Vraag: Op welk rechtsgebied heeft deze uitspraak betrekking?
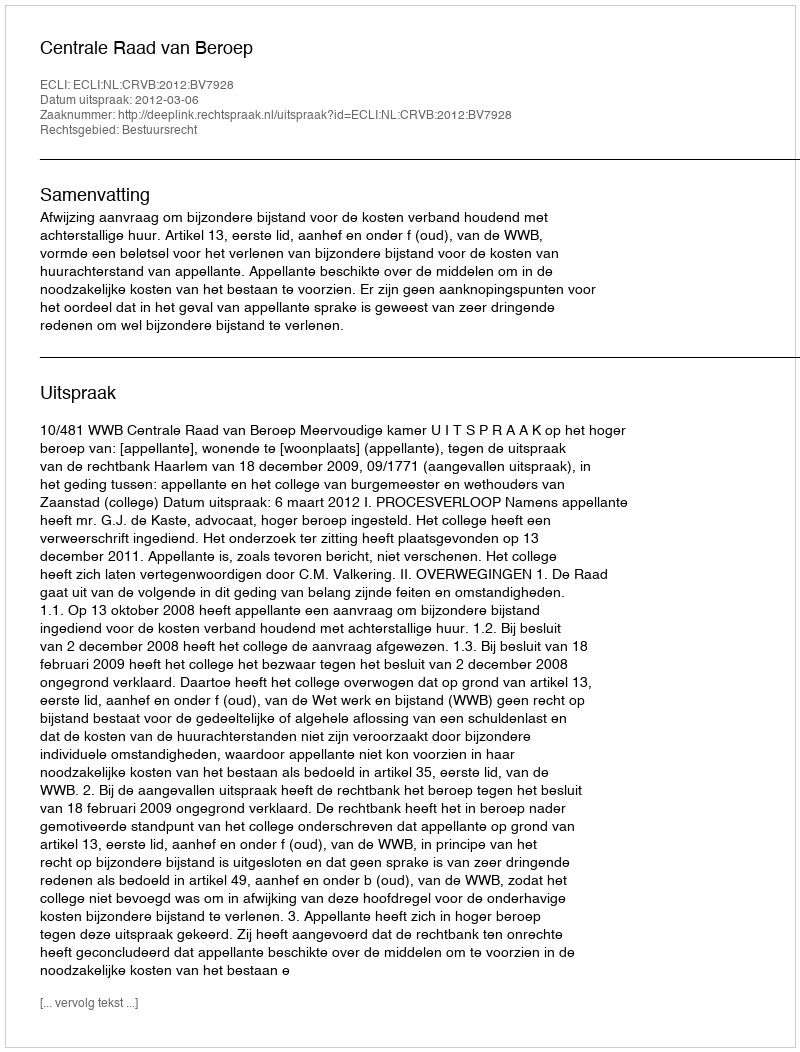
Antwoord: Bestuursrecht